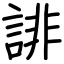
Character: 誹